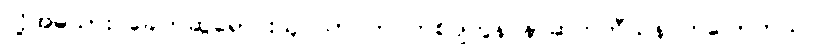
လို့အမဲသား ခေါက်ဆွဲရောင်းသူ သာဝတ် ကစ်ဂ်ျကွန် နာဆက်တီယန် ကပြောတယ်။